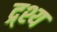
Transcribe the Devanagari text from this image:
द्र्श्य